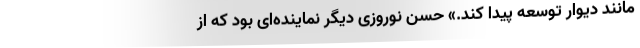
مانند دیوار توسعه پیدا کند.» حسن نوروزی دیگر نماینده‌ای بود که از